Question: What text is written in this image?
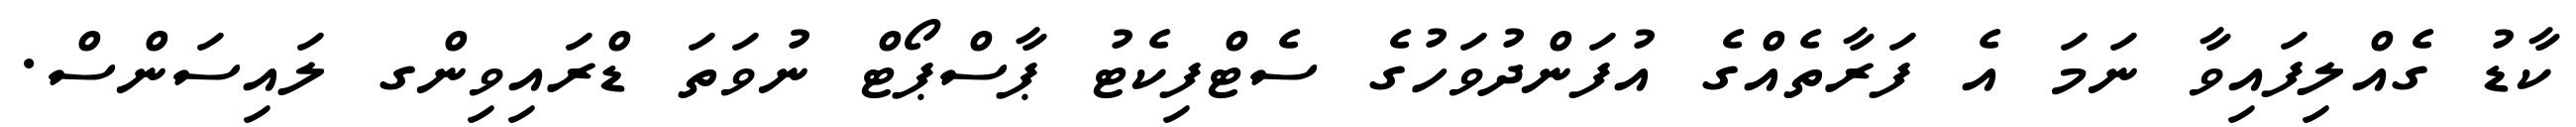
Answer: ކާޑު ގެއްލިފައިވާ ނަމަ އެ ފަރާތެއްގެ އުފަންދުވަހުގެ ސެޓްފިކެޓު ޕާސްޕޯޓް ނުވަތަ ޑްރައިވިންގ ލައިސަންސް.